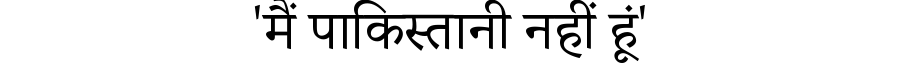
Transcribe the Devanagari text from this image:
'मैं पाकिस्तानी नहीं हूं'